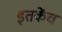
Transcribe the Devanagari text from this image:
इतकेंच